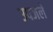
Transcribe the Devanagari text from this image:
उपजले